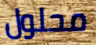
محلول